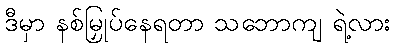
ဒီမှာ နစ်မြှုပ်နေရတာ သဘောကျ ရဲ့လား